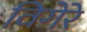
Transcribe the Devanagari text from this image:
विगेरे